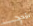
تأرجح